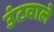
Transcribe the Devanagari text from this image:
उंटवाले